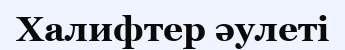
Халифтер әулеті